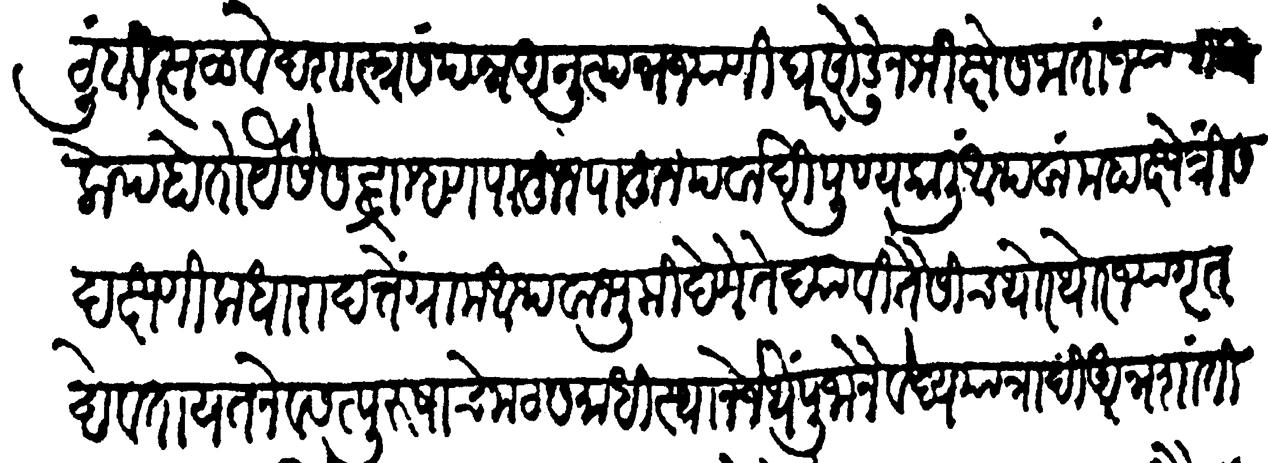
Transliteration (Devanagari): कुटुंबवत्सल वेदशास्त्रसंपन्न अनुत्पन्न ज्यांणी घर सोडून भिक्षेस जातां ज्यांचा कम लोप होतो यैसे स‌दब्राह्मण पाहून पाहून पर्वादि पुण्यकाळीं अथवा महाक्षेत्री सदक्षणिक धारादत्तें ग्राम अथवा भूमि देणें ते द्यावी तैसींच थोर थोर ज्याग्रुत देवतायतनें व सत्पुरुषांचे मठ समाधिस्थानें जेथें पूजा नैवेद्य यात्रादि अनुशांती